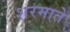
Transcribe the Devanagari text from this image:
शरमाते